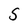
Character: S